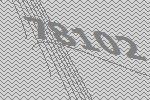
78102